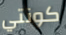
كونتي